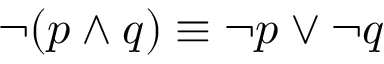
\neg ( p \wedge q ) \equiv \neg p \vee \neg q